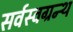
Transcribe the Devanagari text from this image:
सर्वस्वग्रन्थ